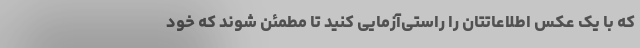
که با یک عکس اطلاعاتتان را راستی‌آزمایی کنید تا مطمئن شوند که خود